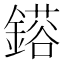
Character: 𮢴